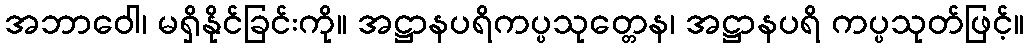
အဘာဝေါ၊ မရှိနိုင်ခြင်းကို။ အဋ္ဌာနပရိကပ္ပသုတ္တေန၊ အဋ္ဌာနပရိ ကပ္ပသုတ်ဖြင့်။